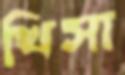
খিসা